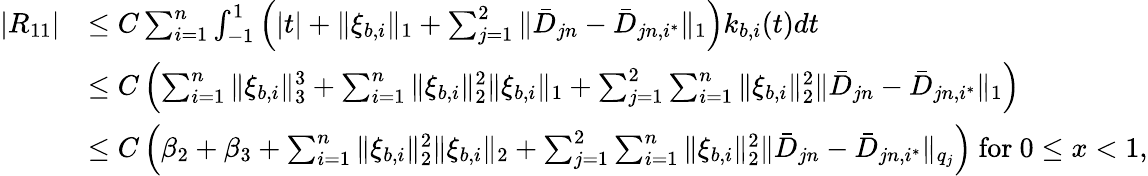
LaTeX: \begin{array}{rl}{|R_{11}|}&{\leq C\sum_{i=1}^{n}\int_{-1}^{1}\Big(|t|+\| \xi_{b,i}\| _{1}+\sum_{j=1}^{2}\| \bar{D}_{jn}-\bar{D}_{jn,i^{*}}\| _{1}\Big)k_{b,i}(t)dt}\\ &{\leq C\left(\sum_{i=1}^{n}\| \xi_{b,i}\| _{3}^{3}+\sum_{i=1}^{n}\| \xi_{b,i}\| _{2}^{2}\| \xi_{b,i}\| _{1}+\sum_{j=1}^{2}\sum_{i=1}^{n}\| \xi_{b,i}\| _{2}^{2}\| \bar{D}_{jn}-\bar{D}_{jn,i^{*}}\| _{1}\right)}\\ &{\leq C\left(\beta_{2}+\beta_{3}+\sum_{i=1}^{n}\| \xi_{b,i}\| _{2}^{2}\| \xi_{b,i}\| _{2}+\sum_{j=1}^{2}\sum_{i=1}^{n}\| \xi_{b,i}\| _{2}^{2}\| \bar{D}_{jn}-\bar{D}_{jn,i^{*}}\| _{q_{j}}\right)\mathrm{~for~}0\leq x<1,}\end{array}